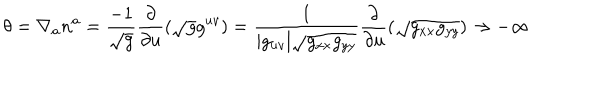
\theta = \nabla _ { a } n ^ { a } = { \frac { - 1 } { \sqrt { g } } } { \frac { \partial } { \partial u } } { ( \sqrt { g } g ^ { u v } ) } = { \frac { 1 } { | g _ { u v } | \sqrt { g _ { x x } g _ { y y } } } } { \frac { \partial } { \partial u } } { ( \sqrt { g _ { x x } g _ { y y } } ) } \to - \infty